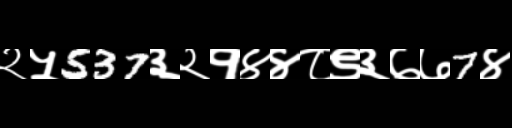
Text: २५537३२१४४८९३७७7४